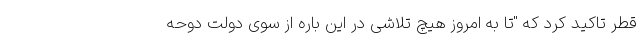
قطر تاکید کرد که "تا به امروز هیچ تلاشی در این باره از سوی دولت دوحه